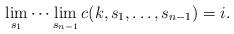
LaTeX: \begin{align*}\lim_{s_1} \cdots \lim_{s_{n-1}} c(k,s_1,\ldots,s_{n-1}) = i.\end{align*}